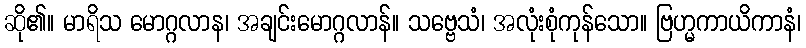
ဆို၏။ မာရိသ မောဂ္ဂလာန၊ အချင်းမောဂ္ဂလာန်။ သဗ္ဗေသံ၊ အလုံးစုံကုန်သော။ ဗြဟ္မကာယိကာနံ၊